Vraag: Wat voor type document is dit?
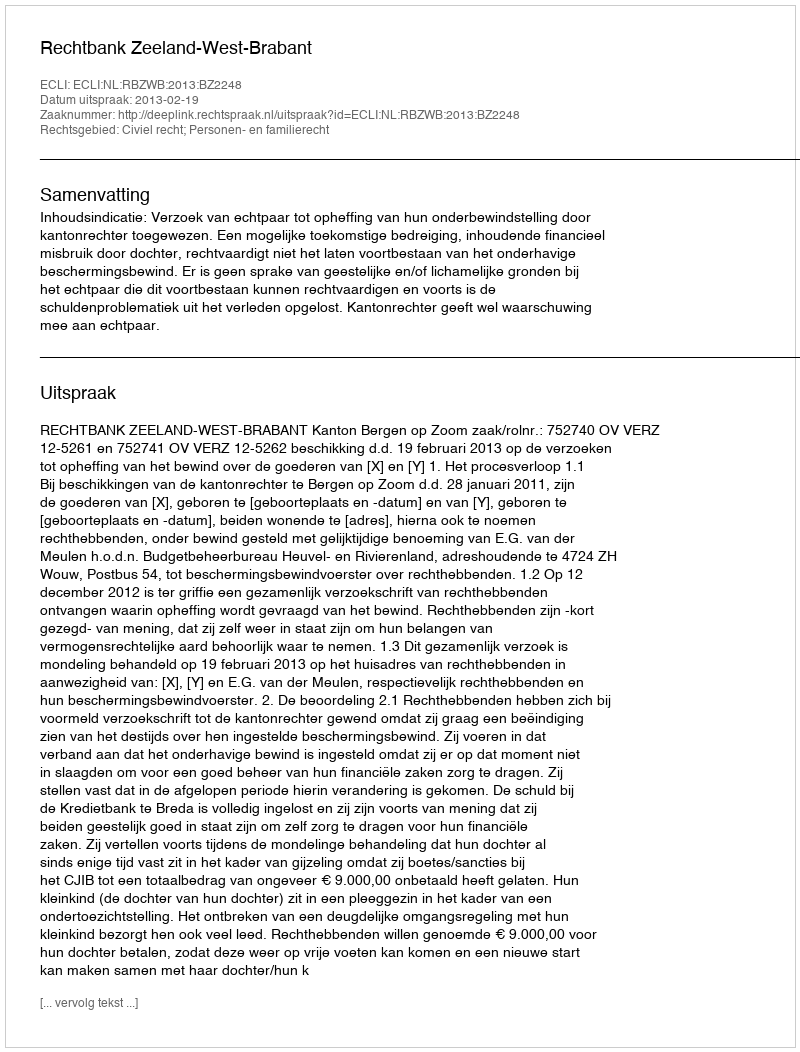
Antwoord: Uitspraak